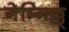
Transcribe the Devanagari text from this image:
गेम्मिल्ल्